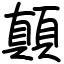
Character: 顛